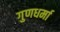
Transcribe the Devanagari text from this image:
गुणधर्मा